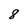
Character: 8